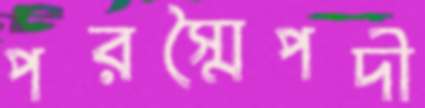
পরস্মৈপদী